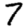
Digit: 7